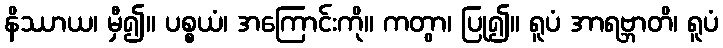
နိဿာယ၊ မှီ၍။ ပစ္စယံ၊ အကြောင်းကို။ ကတွာ၊ ပြု၍။ ရူပံ အာရဗ္ဘာတိ၊ ရူပံ